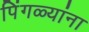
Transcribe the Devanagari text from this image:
पिंगळ्यांना